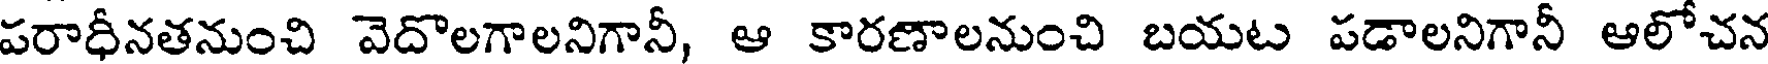
పరాధీనతనుంచి వెదొలగాలనిగానీ, ఆ కారణాలనుంచి బయట పడాలనిగానీ ఆలోచన